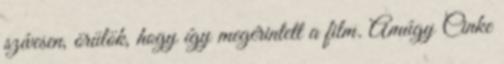
szívesen, örülök, hogy így megérintett a film. Amúgy Cinke